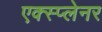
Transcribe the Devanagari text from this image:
एक्स्प्लेनर